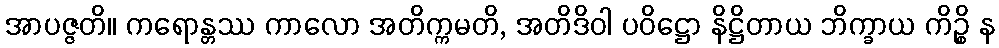
အာပဇ္ဇတိ။ ကရောန္တဿ ကာလော အတိက္ကမတိ, အတိဒိဝါ ပဝိဋ္ဌော နိဋ္ဌိတာယ ဘိက္ခာယ ကိဉ္စိ န